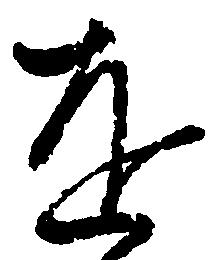
を